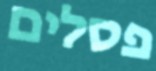
פסלים